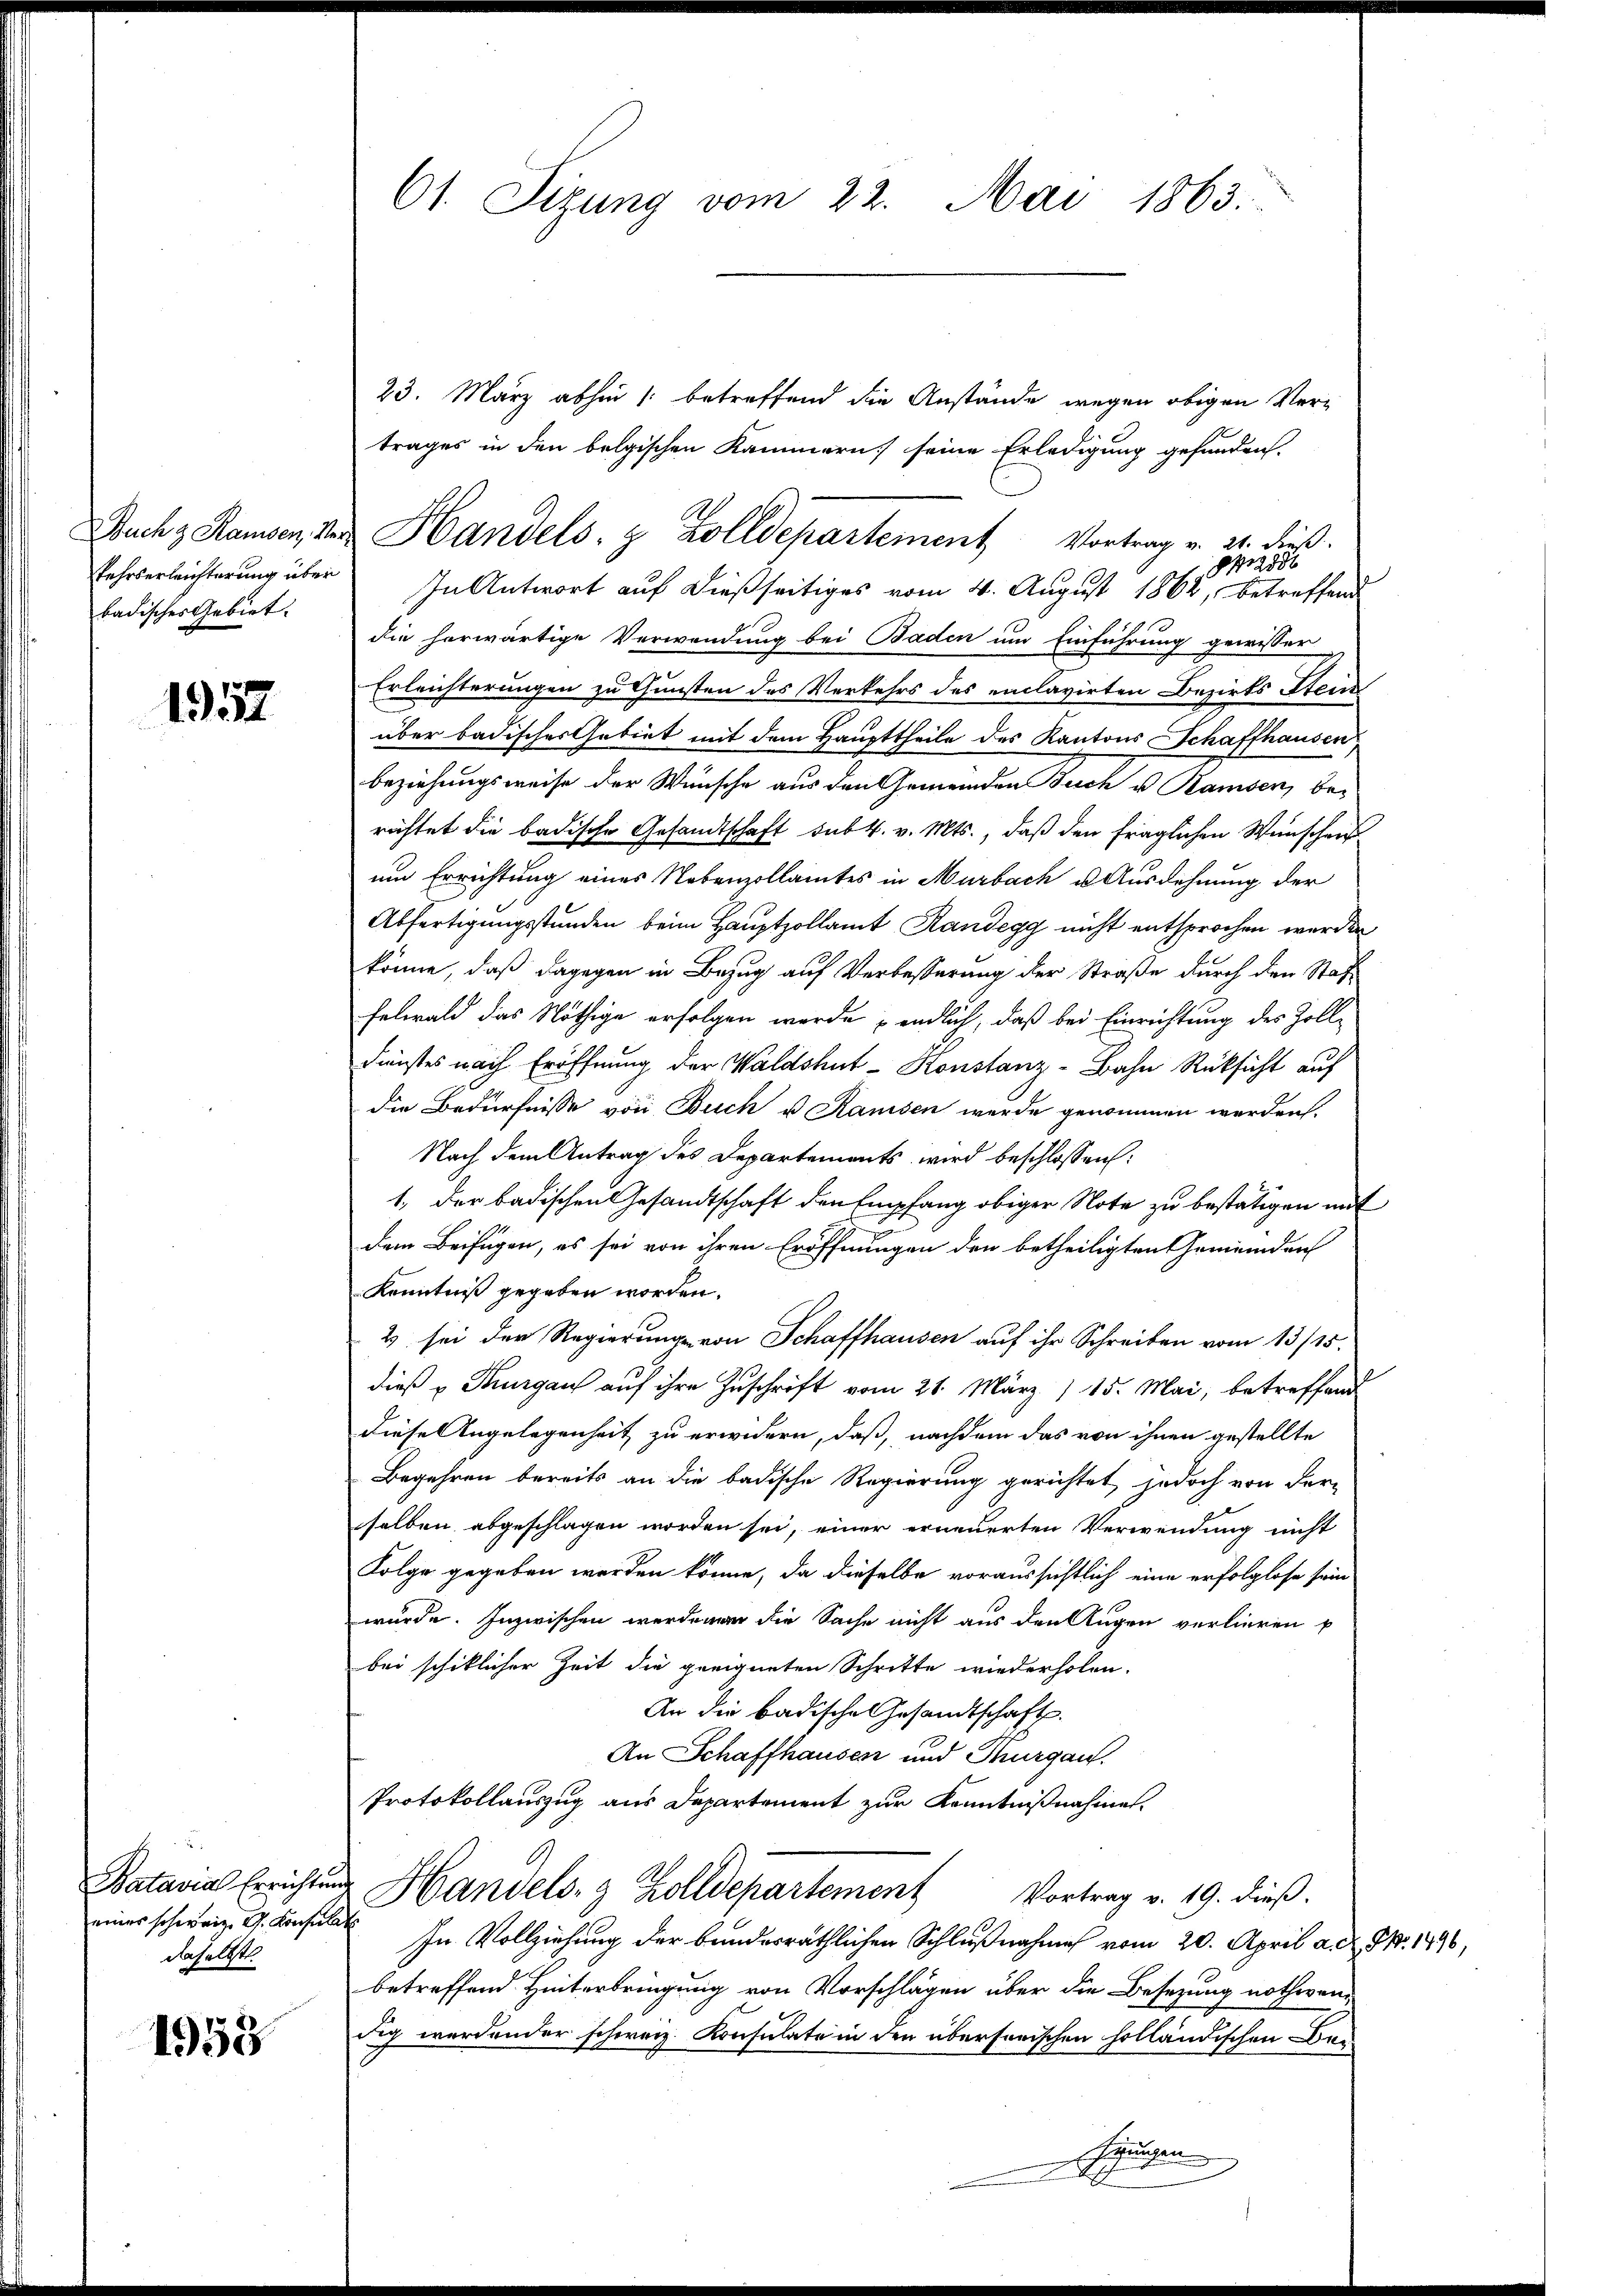
Buch & Ramsen, Ver¬
Pehrserleichterung über
badisches Gebiet.

1957

Batavial Errichtun
eines schweiz. G. Konsul
daselbst.

1958

61. Sizung vom 22. Mai 1863.

23. März abhin /: betreffend die Anstände wegen obigen Vertrages in den bolgischen Kammern seine Erledigung gefunden.
2386
In Antwort auf dießseitiges vom 4. August 1864, betreffend
die herwärtige Verwendung bei Baden um Einführung gewisser
Erleichterungen zu Gunsten des Verkehrs des enclavirten Bezirks Atem
über badisches Gebiet mit dem Haupttheile des Kantons Schaffhausen
beziehungsweise der Wünsche aus den Gemeinden Buch u. Ramsen, be-
richtet die badische Gesandtschaft subk. v. Mts., daß den fraglichen Wünschen
um Errichtung eines Nebenzollamtes in Murbach u. Ausdehnung der
Abfertigungsstunden beim Hauptzollamt Randegg nicht entsprochen werden
könne, daß dagegen in Bezug auf Verbesserung der Straße durch den Stat¬
Felwald das Nöthige erfolgen werde endlich, daß bei Einrichtung des Zoll¬
Fienstes nach Eröffnung der Waldshut-Konstanz-Bahn Rüksicht auf
die Bedürfnisse von Buch u. Ramsen wurde genommen werden.
Nach dem Antrag des Departements wird beschlossen:
1., der badischen Gesandtschaft den Empfang obiger Note zu bestätigen mit
dem Beifügen, es sei von ihren Eröffnungen den betheiligten Gemeinden
Kenntniß gegeben worden.
2 sei der Regierung von Schaffhausen auf ihr Schreiben vom 13/15.
dieß Thurgau auf ihre Zuschrift vom 21. März 115. Mai, betreffend
Diese Angelegenheit zu erwidern, daß, nachdem das von ihnen gestellte
Begehren bereits an die badische Regierung gerichtet, jedoch von der-
selben abgeschlagen worden sei, einer erneuerten Verwendung nicht
Folge gegeben werden könne, da dieselbe voraussichtlich eine erfolglose sein
würde. Inzwischen werdenen die Sache nicht aus den Augen verlieren p
bei schiklicher Zeit die geeigneten Schritte wiederholen.
An die badische Gesandtschaft.
An Schaffhausen und Thurgau.
Protokollauszug aus Departement zur Kenntnißnahmen.
u Handels- & Zolldepartement Vortrag v. 19. dieß.
In Vollziehung der bundesräthlichen Schlußnahme vom 20. April a. d. S. 1496,
betreffend Hinterbringung von Vorschlägen über die Besetzung nothwendig werdender schweiz. Konsulate in den übersorischen holländischen Behrungen
x

u Handels- & Zolldepartement Vortrag v. 21. dieß.